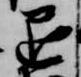
退